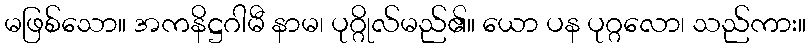
မဖြစ်သော။ အကနိဋ္ဌဂါမီ နာမ၊ ပုဂ္ဂိုလ်မည်၏။ ယော ပန ပုဂ္ဂလော၊ သည်ကား။